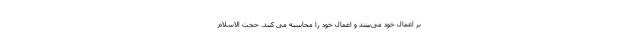
بر اعمال خود می‌بینند و اعمال خود را محاسبه می کنند. حجت الاسلام